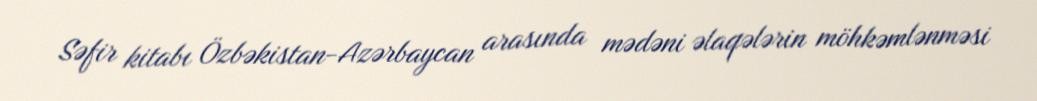
Səfir kitabı Özbəkistan-Azərbaycan arasında mədəni əlaqələrin möhkəmlənməsi